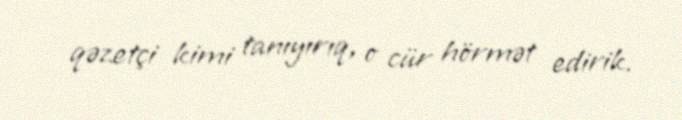
qəzetçi kimi tanıyırıq, o cür hörmət edirik.